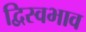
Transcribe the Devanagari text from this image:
द्विस्‍वभाव